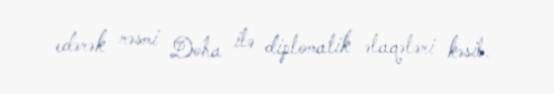
edərək rəsmi Doha ilə diplomatik əlaqələri kəsib.